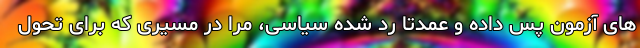
های آزمون پس داده و عمدتا رد شده سیاسی، مرا در مسیری که برای تحول